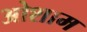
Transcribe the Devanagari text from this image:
ओशाम